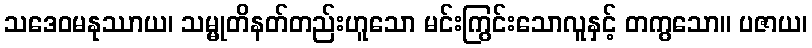
သဒေဝမနုဿာယ၊ သမ္မုတိနတ်တည်းဟူသော မင်းကြွင်းသောလူနှင့် တကွသော။ ပဇာယ၊